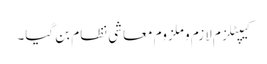
کیپٹلزم لازم و ملزوم معاشی نظام بن گیا۔